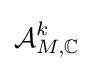
{\mathcal {A}}_{M,\mathbb {C} }^{k}